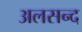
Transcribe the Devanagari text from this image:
अलसन्द